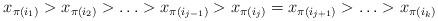
LaTeX: \begin{align*} x_{\pi(i_1)}>x_{\pi(i_2)}>\ldots > x_{\pi(i_{j-1})} > x_{\pi(i_j)} = x_{\pi(i_{j+1})}> \ldots >x_{\pi(i_k)}\end{align*}